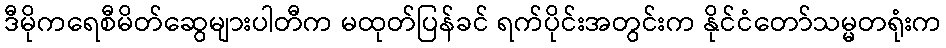
ဒီမိုကရေစီမိတ်ဆွေများပါတီက မထုတ်ပြန်ခင် ရက်ပိုင်းအတွင်းက နိုင်ငံတော်သမ္မတရုံးက